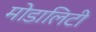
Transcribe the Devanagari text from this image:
मोडालिटी